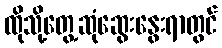
ထိုသို့တွေ့ဆုံဆွေးနွေးရာတွင်